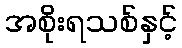
အစိုးရသစ်နှင့်